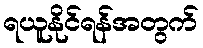
ရယူနိုင်ရန်အတွက်